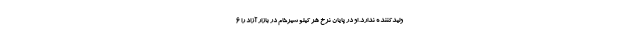
ولیدکننده ندارد. او در پایان نرخ هر کیلو شیرخام در بازار آزاد را ۶